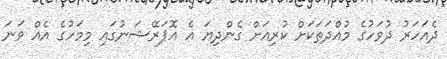
ދެއަހަރު ދުވަހުގެ މުއްދަތަކަށް ކުރިއަށް ގެންދިޔަ އެ އޮޕަރޭޝަނުގައި މިމަހުގެ އެއް ވަނަ